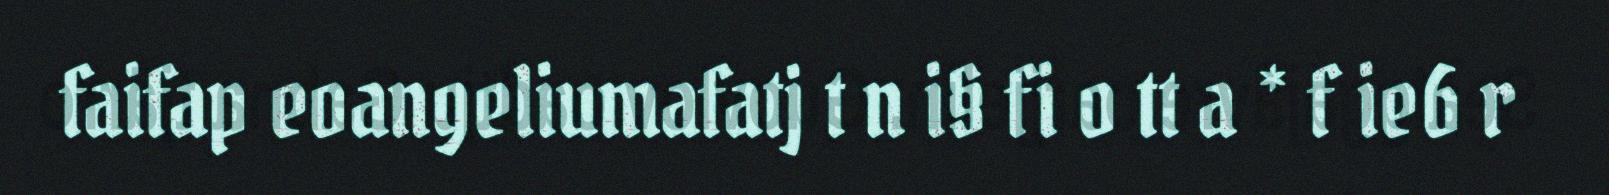
faifap eoangeliumafatj t n i§ fi o tt a * f ie6 r